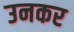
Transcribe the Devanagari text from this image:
उनकर